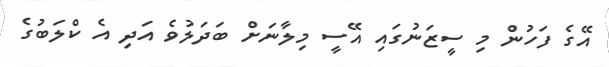
އޭގެ ފަހުން މި ސީޒަނުގައި އޭސީ މިލާނަށް ބަދަލުވެ އަދި އެ ކްލަބުުގެ